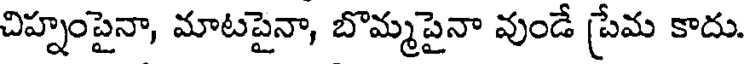
చిహ్నంపైనా, మాటపైనా, బొమ్మపైనా వుండే (ప్రేమ కాదు.